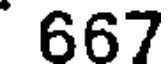
667